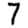
Digit: 7